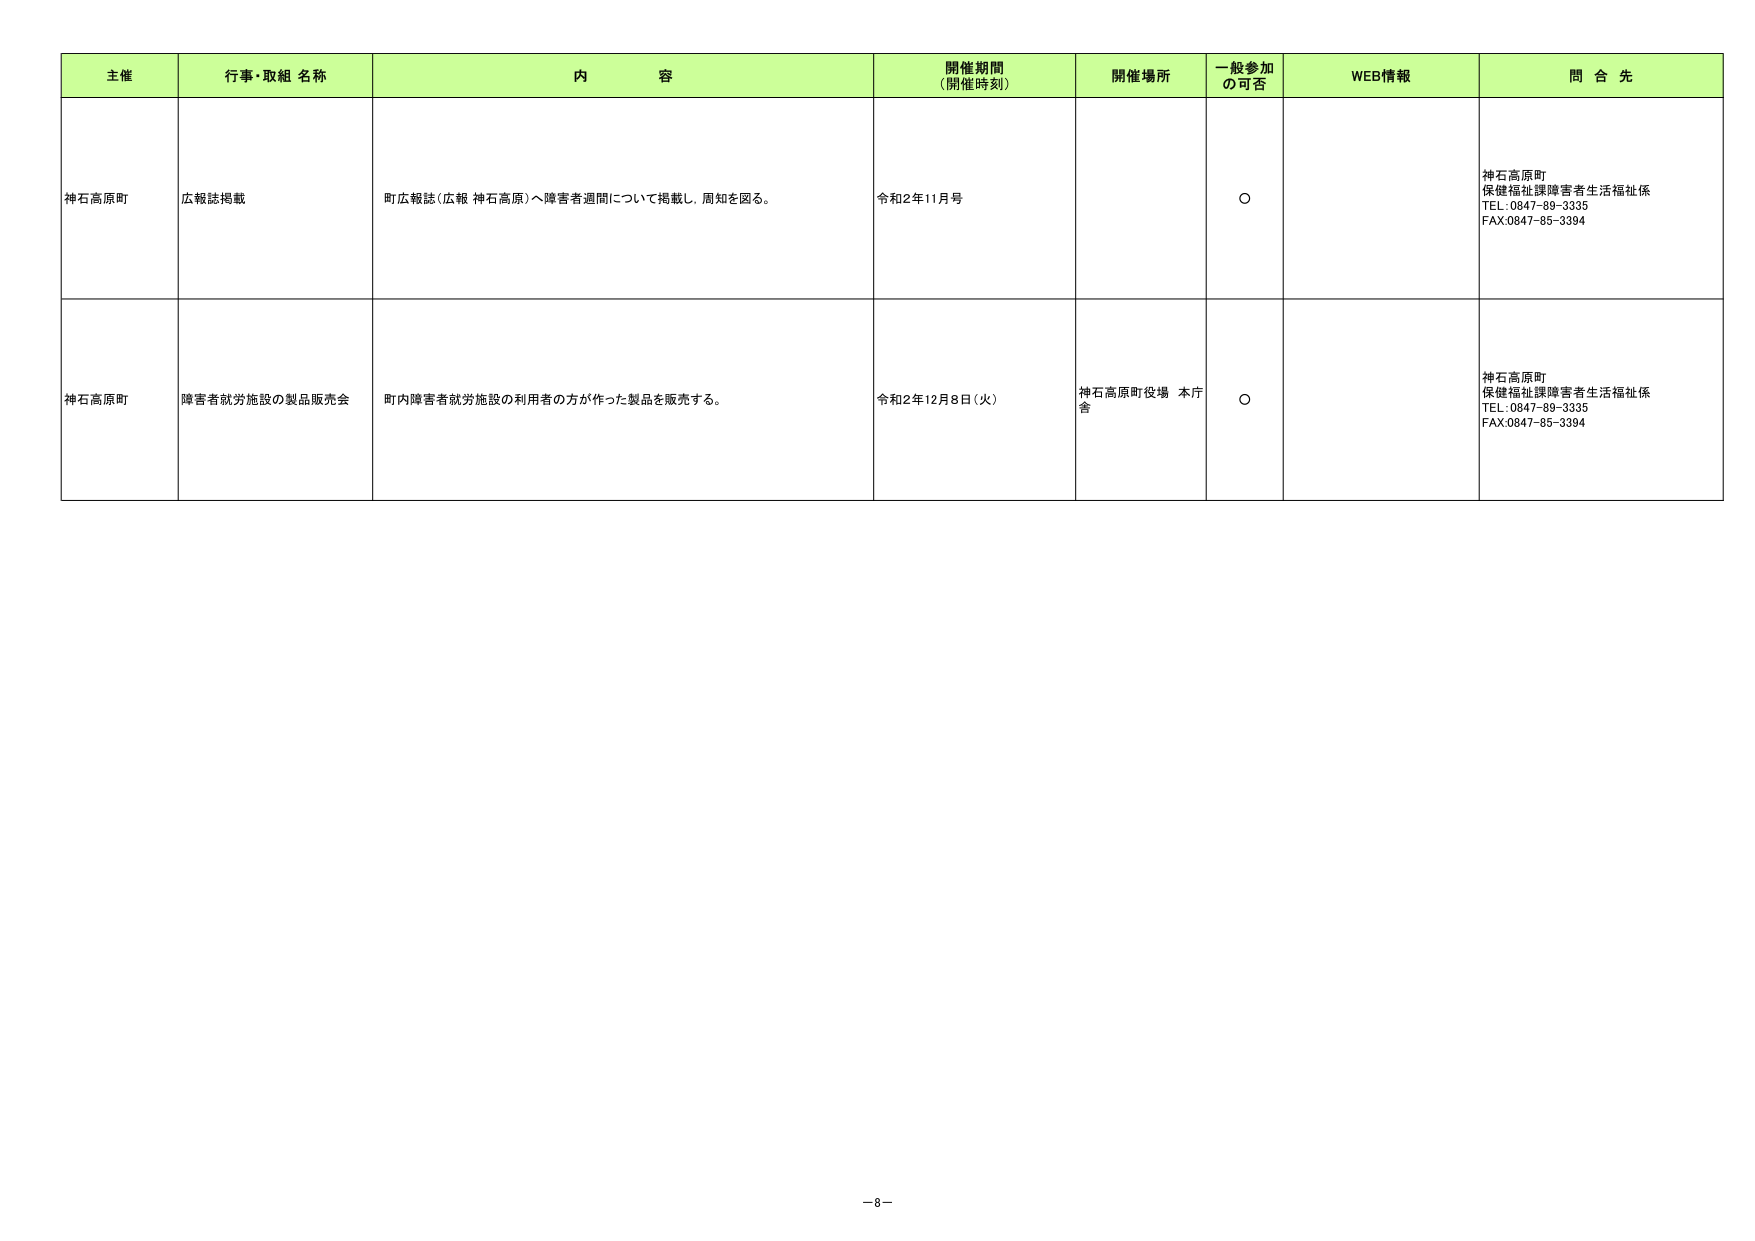
主催 行事・取組 名称 内 容 開催期間 (開催時刻) 開催場所 一般参加 の可否 WEB情報 問 合 先
神石高原町 広報誌掲載 町広報誌(広報 神石高原)へ障害者週間について掲載し、周知を図る。 令和2年11月号 ○ 神石高原町 保健福祉課障害者生活福祉係 TEL:0847-89-3335 FAX:0847-85-3394
神石高原町 障害者就労施設の製品販売会 町内障害者就労施設の利用者の方が作った製品を販売する。 令和2年12月8日(火) 神石高原町役場 本庁舎 ○ 神石高原町 保健福祉課障害者生活福祉係 TEL:0847-89-3335 FAX:0847-85-3394
－8－